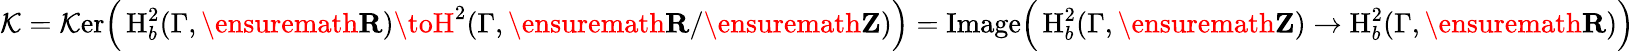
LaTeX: \mathcal{K}=\mathrm{{\mathcal{K}er}}\Big(\operatorname{H}_{b}^{2}(\Gamma,\ensuremath{{\mathbf{{R}}}})\toH^{2}(\Gamma,\ensuremath{{\mathbf{{R}}}}/\ensuremath{{\mathbf{{Z}}}})\Big)=\mathrm{}\Big(\operatorname{H}_{b}^{2}(\Gamma,\ensuremath{{\mathbf{{Z}}}})\to\operatorname{H}_{b}^{2}(\Gamma,\ensuremath{{\mathbf{{R}}}})\Big)